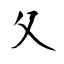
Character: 夂